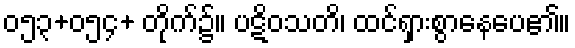
၀၅၃+၀၅၄+ တိုက်၌။ ပဋိဝသတိ၊ ထင်ရှားစွာနေပေ၏။